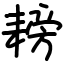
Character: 耪